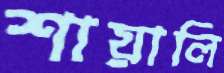
শায়ালি